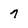
Character: 7